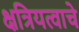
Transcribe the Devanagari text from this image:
क्षत्रियत्वाचे